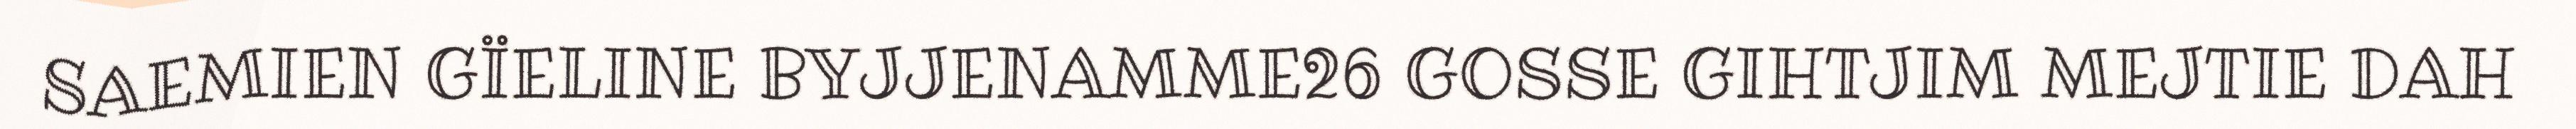
SAEMIEN GÏELINE BYJJENAMME26 GOSSE GIHTJIM MEJTIE DAH